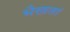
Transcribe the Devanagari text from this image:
भैखतां